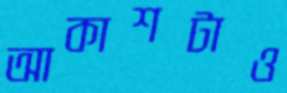
আকাশটাও